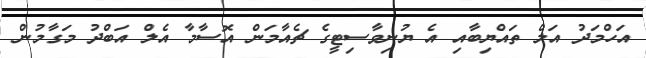
އަހްމަދު އަލް ތައްޔިބާއި އެ ޔުނިވާސިޓީގެ ޗެއާމަން އޮސާމާ އެލް އަބްދު މަގާމުން